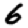
Digit: 6